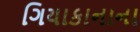
ગિયાકાનાના